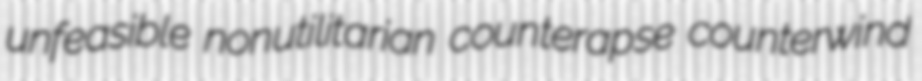
unfeasible nonutilitarian counterapse counterwind